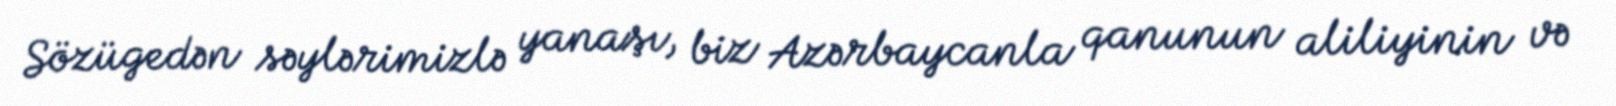
Sözügedən səylərimizlə yanaşı, biz Azərbaycanla qanunun aliliyinin və